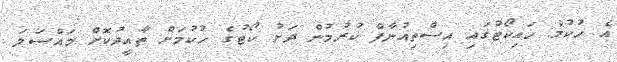
އެ ހުކުމް ހައިކޯޓުގައި އިސްތިއުނާފް ކުރުމުން ދަށު ކޯޓުގެ ހުކުމަށް ތާއީދުކޮށް މައްސަލަ